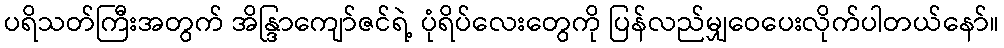
ပရိသတ်ကြီးအတွက် အိန္ဒြာကျော်ဇင်ရဲ့ ပုံရိပ်လေးတွေကို ပြန်လည်မျှဝေပေးလိုက်ပါတယ်နော်။